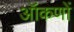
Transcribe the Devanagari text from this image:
ऑंकणों